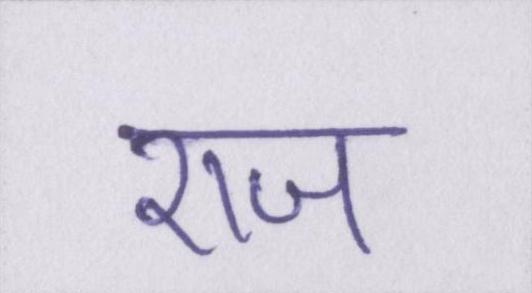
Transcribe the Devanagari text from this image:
राज